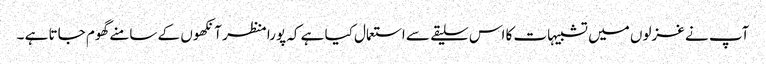
آپ نے غزلوں میں تشبیہات کا اس سلیقے سے استعمال کیا ہے کہ پورا منظر آنکھوں کے سامنے گھوم جاتا ہے ۔